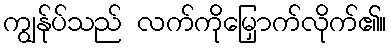
ကျွန်ုပ်သည် လက်ကိုမြှောက်လိုက်၏။